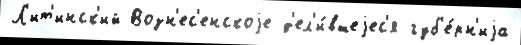
Л'ит'инск'ий Возн'ес'енскоjе д'ел'и́вшеjес'я губ'е́рн'иjа